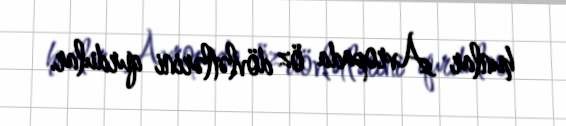
hunlar Avropada öz dövlətlərini qurdular.